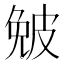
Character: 𤿯